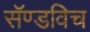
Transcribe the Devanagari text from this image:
सॅण्डविच